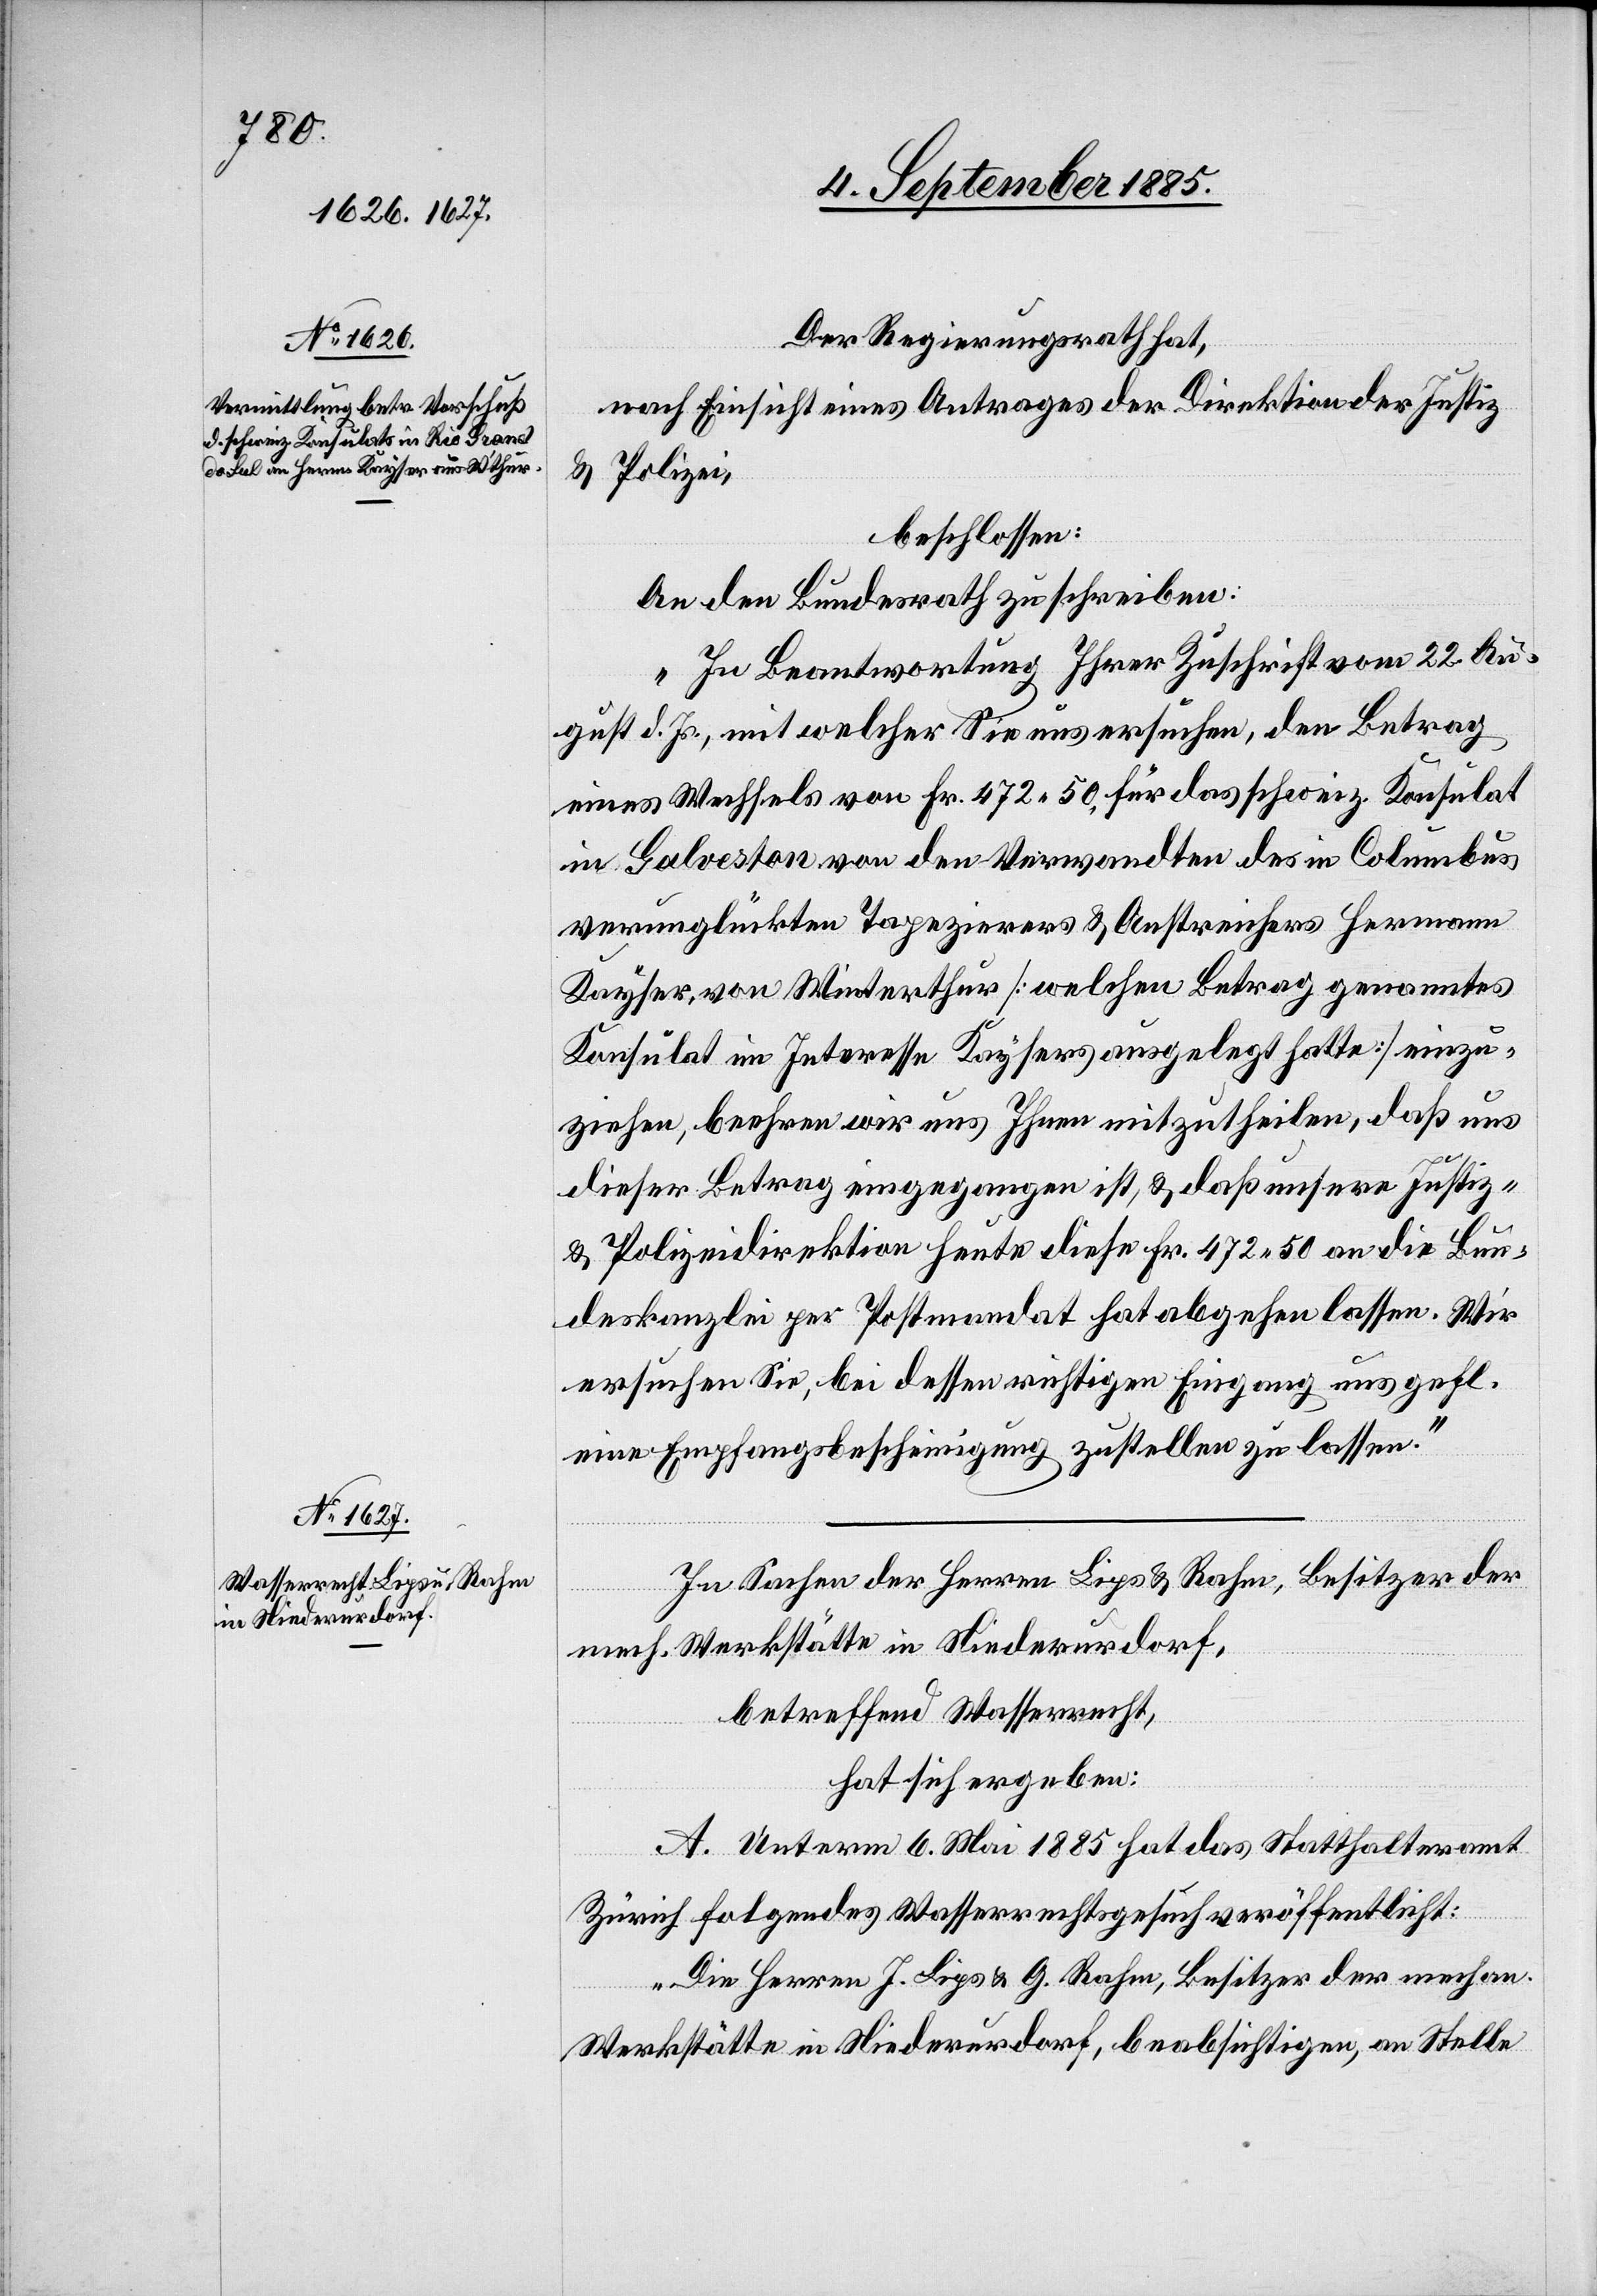
Der Regierungsrath hat,
nach Einsicht eines Antrages der Direktion der Justiz
& Polizei,
beschlossen:
An den Bundesrath zu schreiben:
„In Beantwortung Ihrer Zuschrift vom 22. Au¬
gust d. Js., mit welcher sie uns ersuchen, den Betrag
eines Wechsels von Fr. 472 50 für das schweiz. Konsulat
in Galveston [sic!] von den Verwandten des in Columbus
verunglückten Tapezierers & Anstreichers Hermann
Kayser, von Winterthur [welchen Betrag genanntes
Konsulat im Interesse Kaysers ausgelegt hatte] einzu¬
ziehen, beehren wir uns Ihnen mitzutheilen, daß uns
dieser Betrag eingegangen ist, & daß unsere Justiz-
& Polizeidirektion heute diese Fr. 472 50 an die Bun¬
deskanzlei per Postmandat hat abgehen lassen. Wir
ersuchen Sie, bei dessen richtigen Eingang uns gefl.
eine Empfangsbescheinigung zustellen zu lassen.“
In Sachen der Herren Lips & Rahm, Besitzer der
mech. Werkstätte in Niederurdorf,
betreffend Wasserrecht,
hat sich ergeben:
A. Unterm 6. Mai 1885 hat das Statthalteramt
Zürich folgendes Wasserrechtsgesuch veröffentlicht:
„Die Herren J. Lips & G. Rahm, Besitzer der mechan.
Werkstätte in Niederurdorf, beabsichtigen, an Stelle